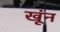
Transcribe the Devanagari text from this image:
खूंन